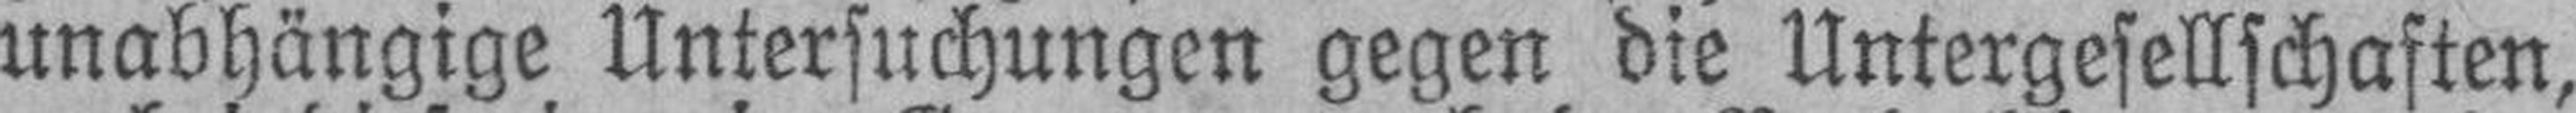
unabhängige Untersuchungen gegen die Untergesellschaften,